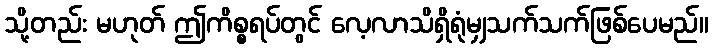
သို့တည်း မဟုတ် ဤကိစ္စရပ်တွင် လေ့လာသိရှိရုံမျှသက်သက်ဖြစ်ပေမည်။